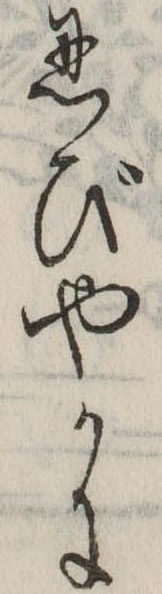
忍びやかに